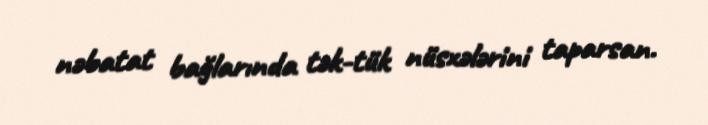
nəbatat bağlarında tək-tük nüsxələrini taparsan.